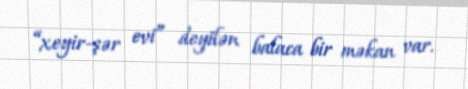
“xeyir-şər evi” deyilən balaca bir məkan var.